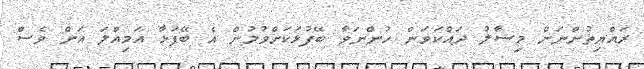
ރައްޔިތުންނަށް މިސާލު ދައްކަވަން ހުންނަވާ ބޭފުޅަކަށްވުމުން އެ ބޭފުޅާ އަމިއްލަ އަށް ވެސް